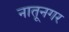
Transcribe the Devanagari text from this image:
नातूनगर